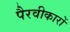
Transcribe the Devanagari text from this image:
पैरवीकारों